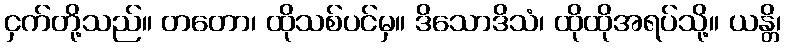
ငှက်တို့သည်။ တတော၊ ထိုသစ်ပင်မှ။ ဒိသောဒိသံ၊ ထိုထိုအရပ်သို့။ ယန္တိ၊